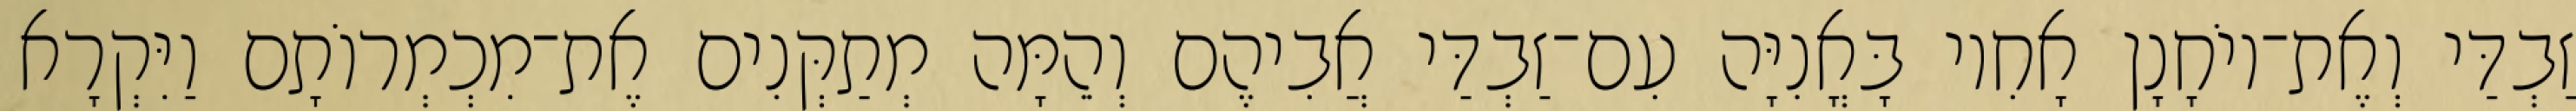
זַבְדַּי וְאֶת־יוֹחָנָן אָחִיו בָּאֳנִיָּה עִם־זַבְדַּי אֲבִיהֶם וְהֵמָּה מְתַקְּנִים אֶת־מִכְמְרוֹתָם וַיִּקְרָא